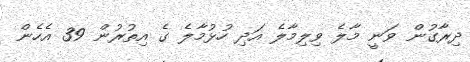
ދިރާގުން ވަނީ މާލެ ވިލިމާލެ އަދި ހުޅުމާލެ ގެ އިތުރުން 39 އެހެން